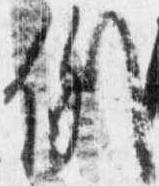
例